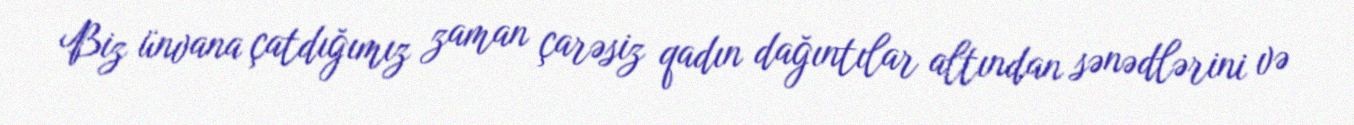
Biz ünvana çatdığımız zaman çarəsiz qadın dağıntılar altından sənədlərini və